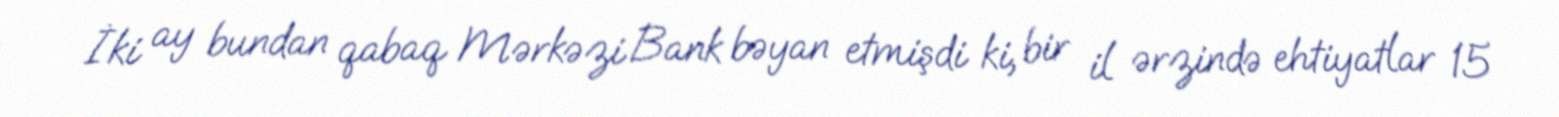
İki ay bundan qabaq Mərkəzi Bank bəyan etmişdi ki, bir il ərzində ehtiyatlar 15